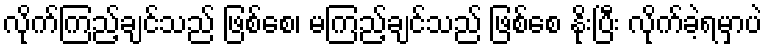
လိုက်ကြည့်ချင်သည် ဖြစ်စေ၊ မကြည့်ချင်သည် ဖြစ်စေ နိုးပြီး လိုက်ခဲ့ရမှာပဲ